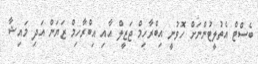
ބެސްޓް އެތުލީޓުންނަށް ހޮވުނީ އިބްރާހިމް ޖަޒީލް އާއި އިބްރާހިމް ޒަޔަން އަދި މައިޝާ